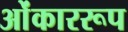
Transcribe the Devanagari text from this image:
ओंकाररूप